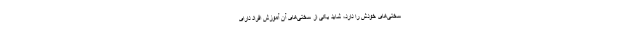
سختی‌های خودش را دارد، شاید یکی از سختی‌های آن آموزش افراد دارای